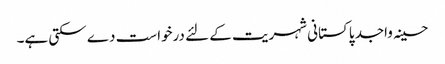
حسینہ واجد پاکستانی شہریت کے لئے درخواست دے سکتی ہے۔